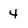
Character: 4